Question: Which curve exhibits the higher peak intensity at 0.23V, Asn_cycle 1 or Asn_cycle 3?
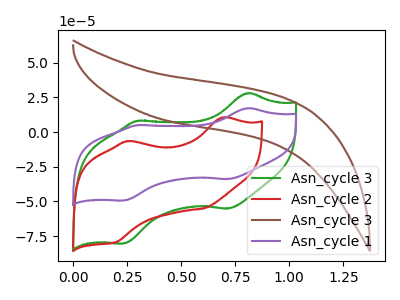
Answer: <think>The green curve "Asn_cycle 3" has anodic peaks at (0.80V, 28.20uA) (0.30V, 8.25uA) and cathodic peaks at (0.70V, -55.15uA) (0.25V, -80.35uA). The red curve "Asn_cycle 2" has anodic peaks at (0.70V, 10.50uA) (0.25V, -6.55uA) and cathodic peaks at (0.60V, -55.00uA) (0.20V, -79.35uA). The brown curve "Asn_cycle 3" has no peaks. The purple curve "Asn_cycle 1" has anodic peaks at (0.80V, 17.30uA) (0.30V, 5.05uA) and cathodic peaks at (0.70V, -33.85uA) (0.25V, -49.35uA).</think>
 <answer>The peak at 0.23V is lower in "Asn_cycle 1" than in "Asn_cycle 3".</answer>
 <eval>lower</eval>